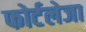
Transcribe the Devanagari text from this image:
फोर्टलेजा